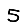
Digit: 5